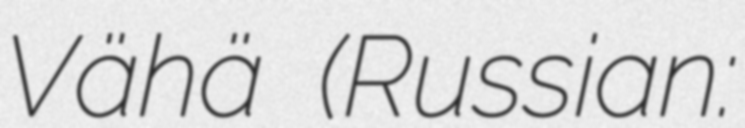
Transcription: Vähä (Russian: